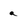
Character: a